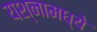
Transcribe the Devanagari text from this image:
यश्नामध्ये